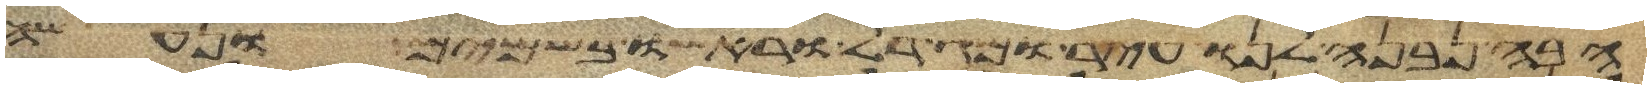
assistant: הבה נבנה לנו עיר ומגדל וראשו בשמים ונעשה